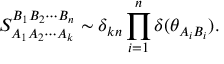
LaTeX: S _ { A _ { 1 } A _ { 2 } \cdots A _ { k } } ^ { B _ { 1 } B _ { 2 } \cdots B _ { n } } \sim \delta _ { k n } \prod _ { i = 1 } ^ { n } \delta ( \theta _ { A _ { i } B _ { i } } ) .